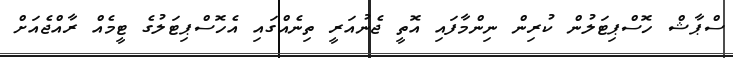
ސްޕާޝް ހޮސްޕިޓަލުން ކުރިން ނިންމާފައި އޮތީ ޖެނުއަރީ ތިނެއްގައި އެހޮސްޕިޓަލުގެ ޓީމެއް ރާއްޖެއަށް